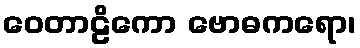
ဝေတာဠိကော ဗောဓကရော၊